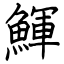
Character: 鯶